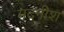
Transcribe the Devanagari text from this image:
मदनीश